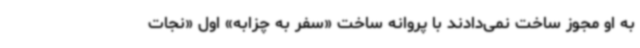
به او مجوز ساخت نمی‌دادند با پروانه ساخت «سفر به چزابه» اول «نجات